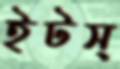
ইটস্